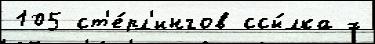
105 ст'е́рл'ингов ссы́лка х